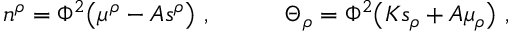
n ^ { \rho } = \Phi ^ { 2 } \big ( \mu ^ { \rho } - { \cal A } s ^ { \rho } \big ) \ , \qquad \quad \Theta _ { \rho } = \Phi ^ { 2 } \big ( { \cal K } s _ { \rho } + { \cal A } \mu _ { \rho } \big ) \ ,